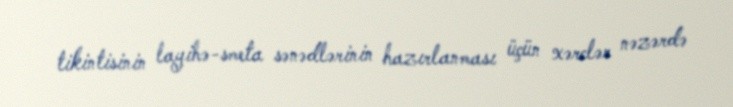
tikintisinin layihə-smeta sənədlərinin hazırlanması üçün xərclər nəzərdə